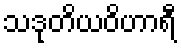
သဒုတိယဝိဟာရီ